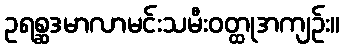
ဥရစ္ဆဒမာလာမင်းသမီးဝတ္ထုအကျဉ်း။